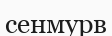
сенмурв